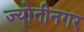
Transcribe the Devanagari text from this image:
ज्योतीनगर